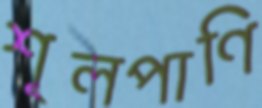
শূলপাণি